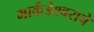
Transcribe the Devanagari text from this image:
मार्कंडेश्वराचे